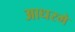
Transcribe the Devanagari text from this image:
आधरमे